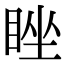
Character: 睉